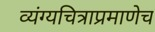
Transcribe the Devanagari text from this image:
व्यंग्यचित्राप्रमाणेच